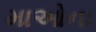
માઓના